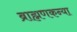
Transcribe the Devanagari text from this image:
ब्राह्मणकन्या